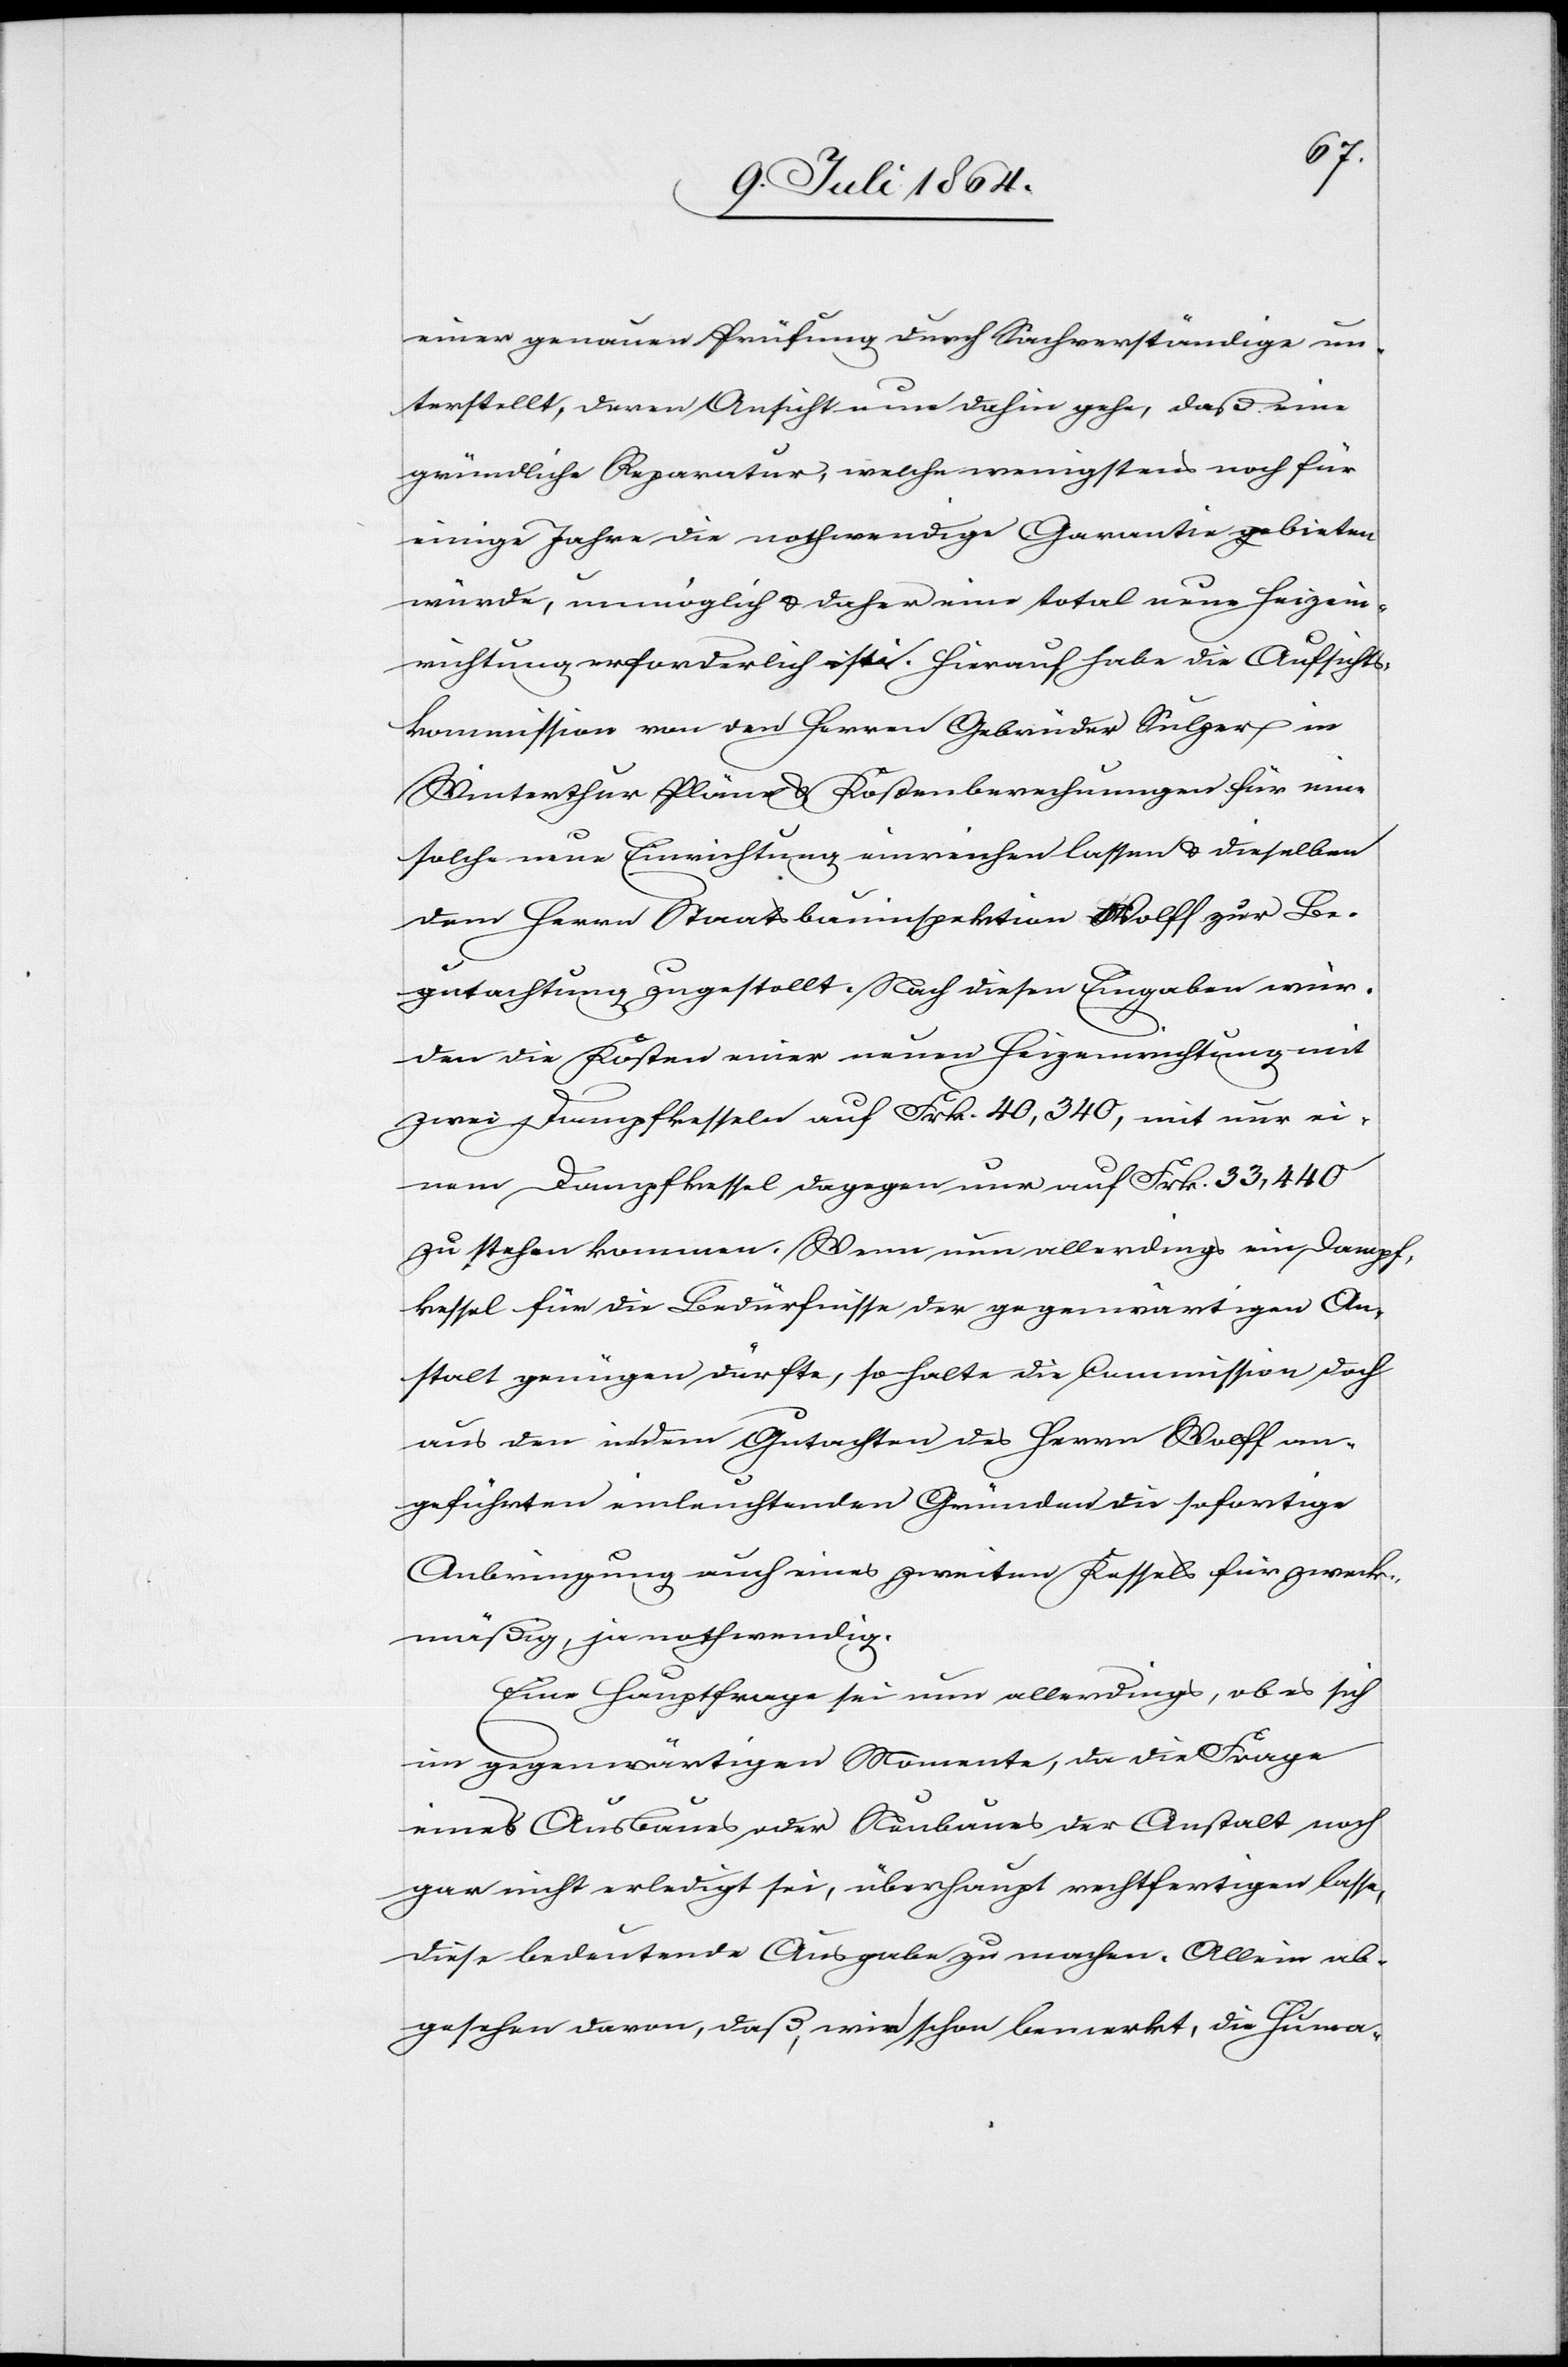
einer genauen Prüfung durch Sachverständige un¬
terstellt, deren Ansicht nun dahin gehe, daß eine
gründliche Reparatur, welche wenigstens noch für
einige Jahre die nothwendige Garantie gebieten
würde, unmöglich u. daher eine total neue Heizein¬
richtung erforderlich ist. Hierauf habe die Aufsichts¬
kommission von den Herren Gebrüder Sulzer in
Winterthur Pläne u. Kostenberechnungen für eine
solche neue Einrichtung einreichen lassen u. dieselben
dem Herrn Staatsbauinspektion [sic!] Wolff zur Be¬
gutachtung zugestellt. Nach diesen Eingaben wür¬
den die Kosten einer neuen Heizeinrichtung mit
zwei Dampfkesseln auf Frk. 40,340, mit nur ei¬
nem Dampfkessel dagegen auf Frk. 33,440
zu stehen kommen. Wenn nun allerdings ein Dampf¬
kessel für die Bedürfnisse der gegenwärtigen An¬
stalt genügen dürfte, so halte die Commission doch
aus den in dem Gutachten des Herrn Wolff an¬
geführten einleuchtenden Gründen die sofortige
Anbringung auch eines zweiten Kessels für zweck¬
mäßig, ja nothwendig.
Eine Hauptfrage sei nun allerdings, ob es sich
im gegenwärtigen Momente, da die Frage
eines Ausbaues oder Neubaues der Anstalt noch
gar nicht erledigt sei, überhaupt rechtfertigen lasse,
diese bedeutende Ausgabe zu machen. Allein ab¬
gesehen davon, daß, wie schon bemerkt, die Huma-